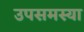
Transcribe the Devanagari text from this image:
उपसमस्या